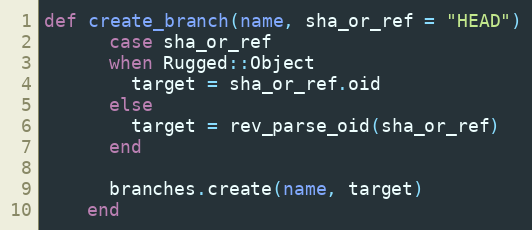
Language: Ruby
def create_branch(name, sha_or_ref = "HEAD")
      case sha_or_ref
      when Rugged::Object
        target = sha_or_ref.oid
      else
        target = rev_parse_oid(sha_or_ref)
      end

      branches.create(name, target)
    end